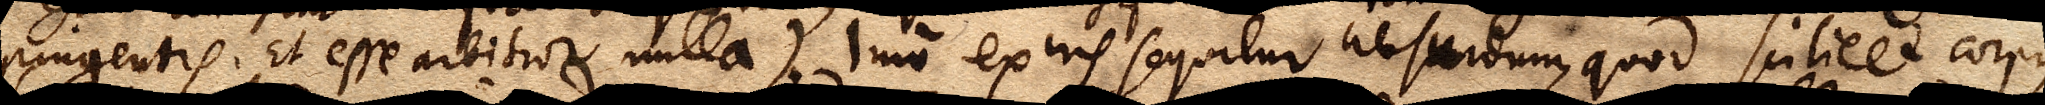
pingentis. Et esse arbitror nulla). Imo ex his sequitur absurdum, quod scilicet corpus